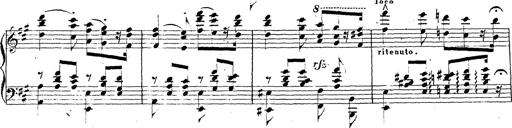
Title: Chanson bohÃ©mienne
Composer: Franz Liszt